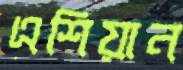
এশিয়ান